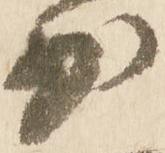
少